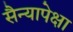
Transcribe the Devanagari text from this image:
सैन्यापेक्षा